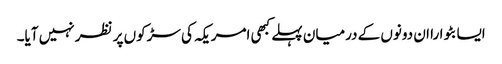
ایسا بٹوارا ان دونوں کے درمیان پہلے کبھی امریکہ کی سڑکوں پر نظر نہیں آیا۔